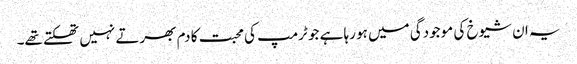
یہ ان شیوخ کی موجودگی میں ہو رہا ہے جو ٹرمپ کی محبت کا دم بھرتے نہیں تھکتے تھے۔